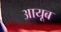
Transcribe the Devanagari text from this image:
आयूब